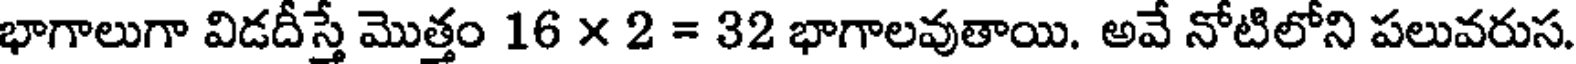
భాగాలుగా విడదీస్తే మొత్తం 16 x 2 = 32 భాగాలవుతాయి. అవే నోటిలోని పలువరుస